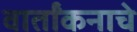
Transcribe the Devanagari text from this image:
वार्तांकनाचे